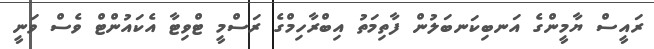
ރައީސް ޔާމީންގެ އަނބިކަނބަލުން ފާތިމަތު އިބްރާހިމްގެ ރަސްމީ ޓްވިޓާ އެކައުންޓް ވެސް ވަނީ